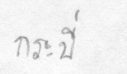
กระบี่